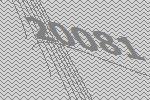
20081